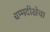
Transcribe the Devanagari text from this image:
धम्मदीक्षेचा